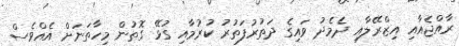
ރާއްޖެއާއި އިޒްރޭލާއި ދެމެދު ވައިގެ ދަތުރުފަތުރު ކުރުމާއި ގުޅޭ ގޮތުން މިހާތަނަށް އެއްވެސް